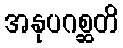
အနုပဂစ္ဆတိ